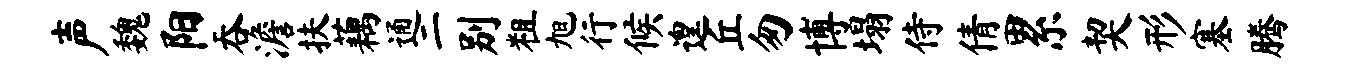
声魏阳吞澹扶藕通二别粗旭行候遑丘匆博塌侍倩累契形塞腾